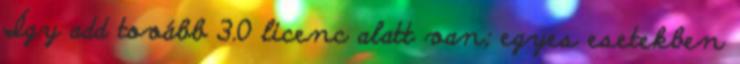
Így add tovább 3.0 licenc alatt van; egyes esetekben